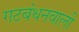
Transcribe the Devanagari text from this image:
गटबंधनवाली